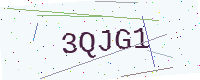
Text: 3QJG1